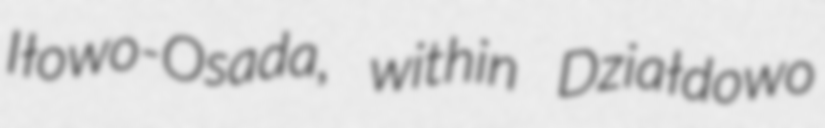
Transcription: Iłowo-Osada, within Działdowo